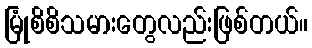
မြုံစိစိသမားတွေလည်းဖြစ်တယ်။